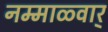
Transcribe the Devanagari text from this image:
नम्माळ्वार्